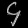
Digit: ၄